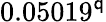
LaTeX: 0.05019^{\mathsf{q}}